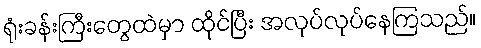
ရုံးခန်းကြီးတွေထဲမှာ ထိုင်ပြီး အလုပ်လုပ်နေကြသည်။